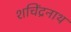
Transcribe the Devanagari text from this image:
शचिंद्रनाथ